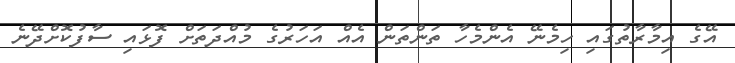
އޭގެ އިމާރާތުގައި ހިމެނޭ އެންމެހާ ތަންތަން އެއް އަހަރުގެ މުއްދަތަށް ފޮޅައި ސާފުކޮށްދޭނެ